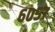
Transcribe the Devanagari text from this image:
६०५७